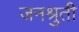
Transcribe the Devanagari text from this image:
जनश्रुती